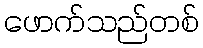
ဖောက်သည်တစ်